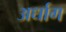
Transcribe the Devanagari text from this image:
अर्धाग